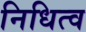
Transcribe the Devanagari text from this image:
निधित्व